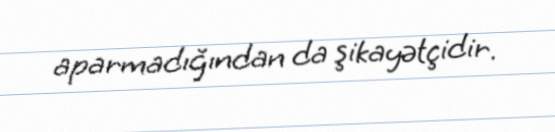
aparmadığından da şikayətçidir.